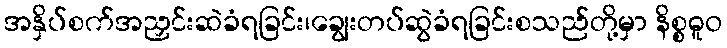
အနှိပ်စက်အညှင်းဆဲခံရခြင်း၊ချွေးတပ်ဆွဲခံရခြင်းစသည်တို့မှာ နိစ္စဓူဝ